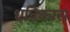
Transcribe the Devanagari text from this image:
धन्निकास